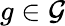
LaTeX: g\in{\mathcal{G}}